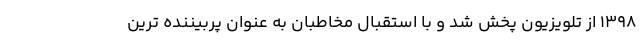
1398 از تلویزیون پخش شد و با استقبال مخاطبان به عنوان پربیننده ترین